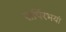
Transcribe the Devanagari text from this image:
सर्पिरभयां